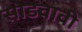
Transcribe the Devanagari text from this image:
सोडवावी